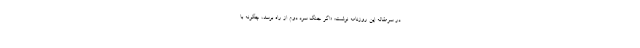
در سرمقاله این روزنامه نوشت: «اگر جنگ سرد دوم از راه برسد، چگونه با